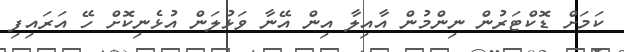
ކަމަށް ޑޮކްޓަރުން ނިންމުން އާއިލާ އިން އޭނާ ވަޅުލަން އުޅެނިކޮށް ހޭ އަރައިފި